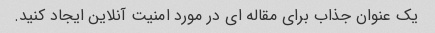
یک عنوان جذاب برای مقاله ای در مورد امنیت آنلاین ایجاد کنید.